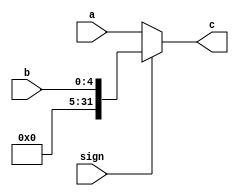
`timescale 1ns / 1ps
//////////////////////////////////////////////////////////////////////////////////
// Company: 
// Engineer: 
// 
// Design Name: 
// Module Name: pick21_32_5
// Project Name: 
// Target Devices: 
// Tool Versions: 
// Description: 
// 
// Dependencies: 
// 
// Revision:
// Revision 0.01 - File Created
// Additional Comments:
// 
//////////////////////////////////////////////////////////////////////////////////


module pick21_32_5(
    input [31:0] a,
    input [4:0] b,
    input sign,
    output [31:0] c
    );
    assign c = (sign == 0) ? a : {27'b0, b};
endmodule